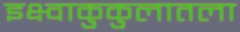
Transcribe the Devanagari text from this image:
इक्ष्वाकुकुलातला